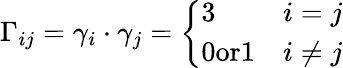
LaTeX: \Gamma_{ij}=\gamma_{i}\cdot\gamma_{j}=\left\{ \begin{array}{ll}{{3}}&{{i=j}}\\ {{0\textrm{or}1}}&{{i\ne j}}\end{array}\right.